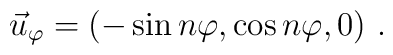
\vec u_{\varphi}= (-\sin n\varphi, \cos n\varphi, 0 ) \ .